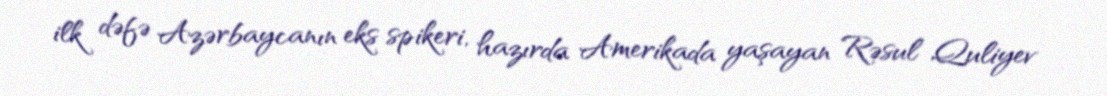
ilk dəfə Azərbaycanın eks spikeri, hazırda Amerikada yaşayan Rəsul Quliyev